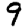
Digit: 9